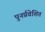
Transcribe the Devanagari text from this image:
पुनर्प्रवेशित